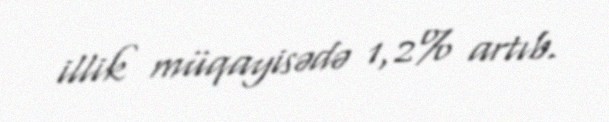
illik müqayisədə 1,2% artıb.